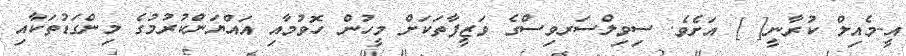
އީ-މެއިލް ކުރާނީ[ ] އަށެވެ. ސިވިލްސަރވިސްގެ ވަޒީފާތަކަށް މީހުން ހޮވުމާއި އައްޔަންކުރުމުގެ މިންގަޑުތަކާއި